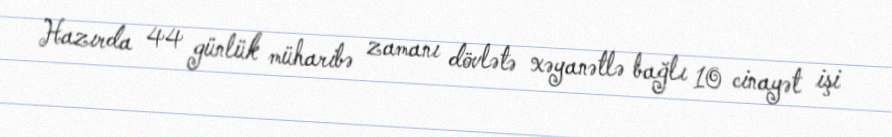
Hazırda 44 günlük müharibə zamanı dövlətə xəyanətlə bağlı 10 cinayət işi